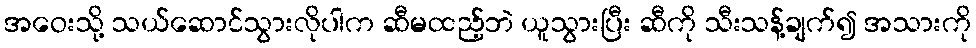
အဝေးသို့ သယ်ဆောင်သွားလိုပါက ဆီမထည့်ဘဲ ယူသွားပြီး ဆီကို သီးသန့်ချက်၍ အသားကို